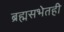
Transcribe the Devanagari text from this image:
ब्रह्मसभेतही